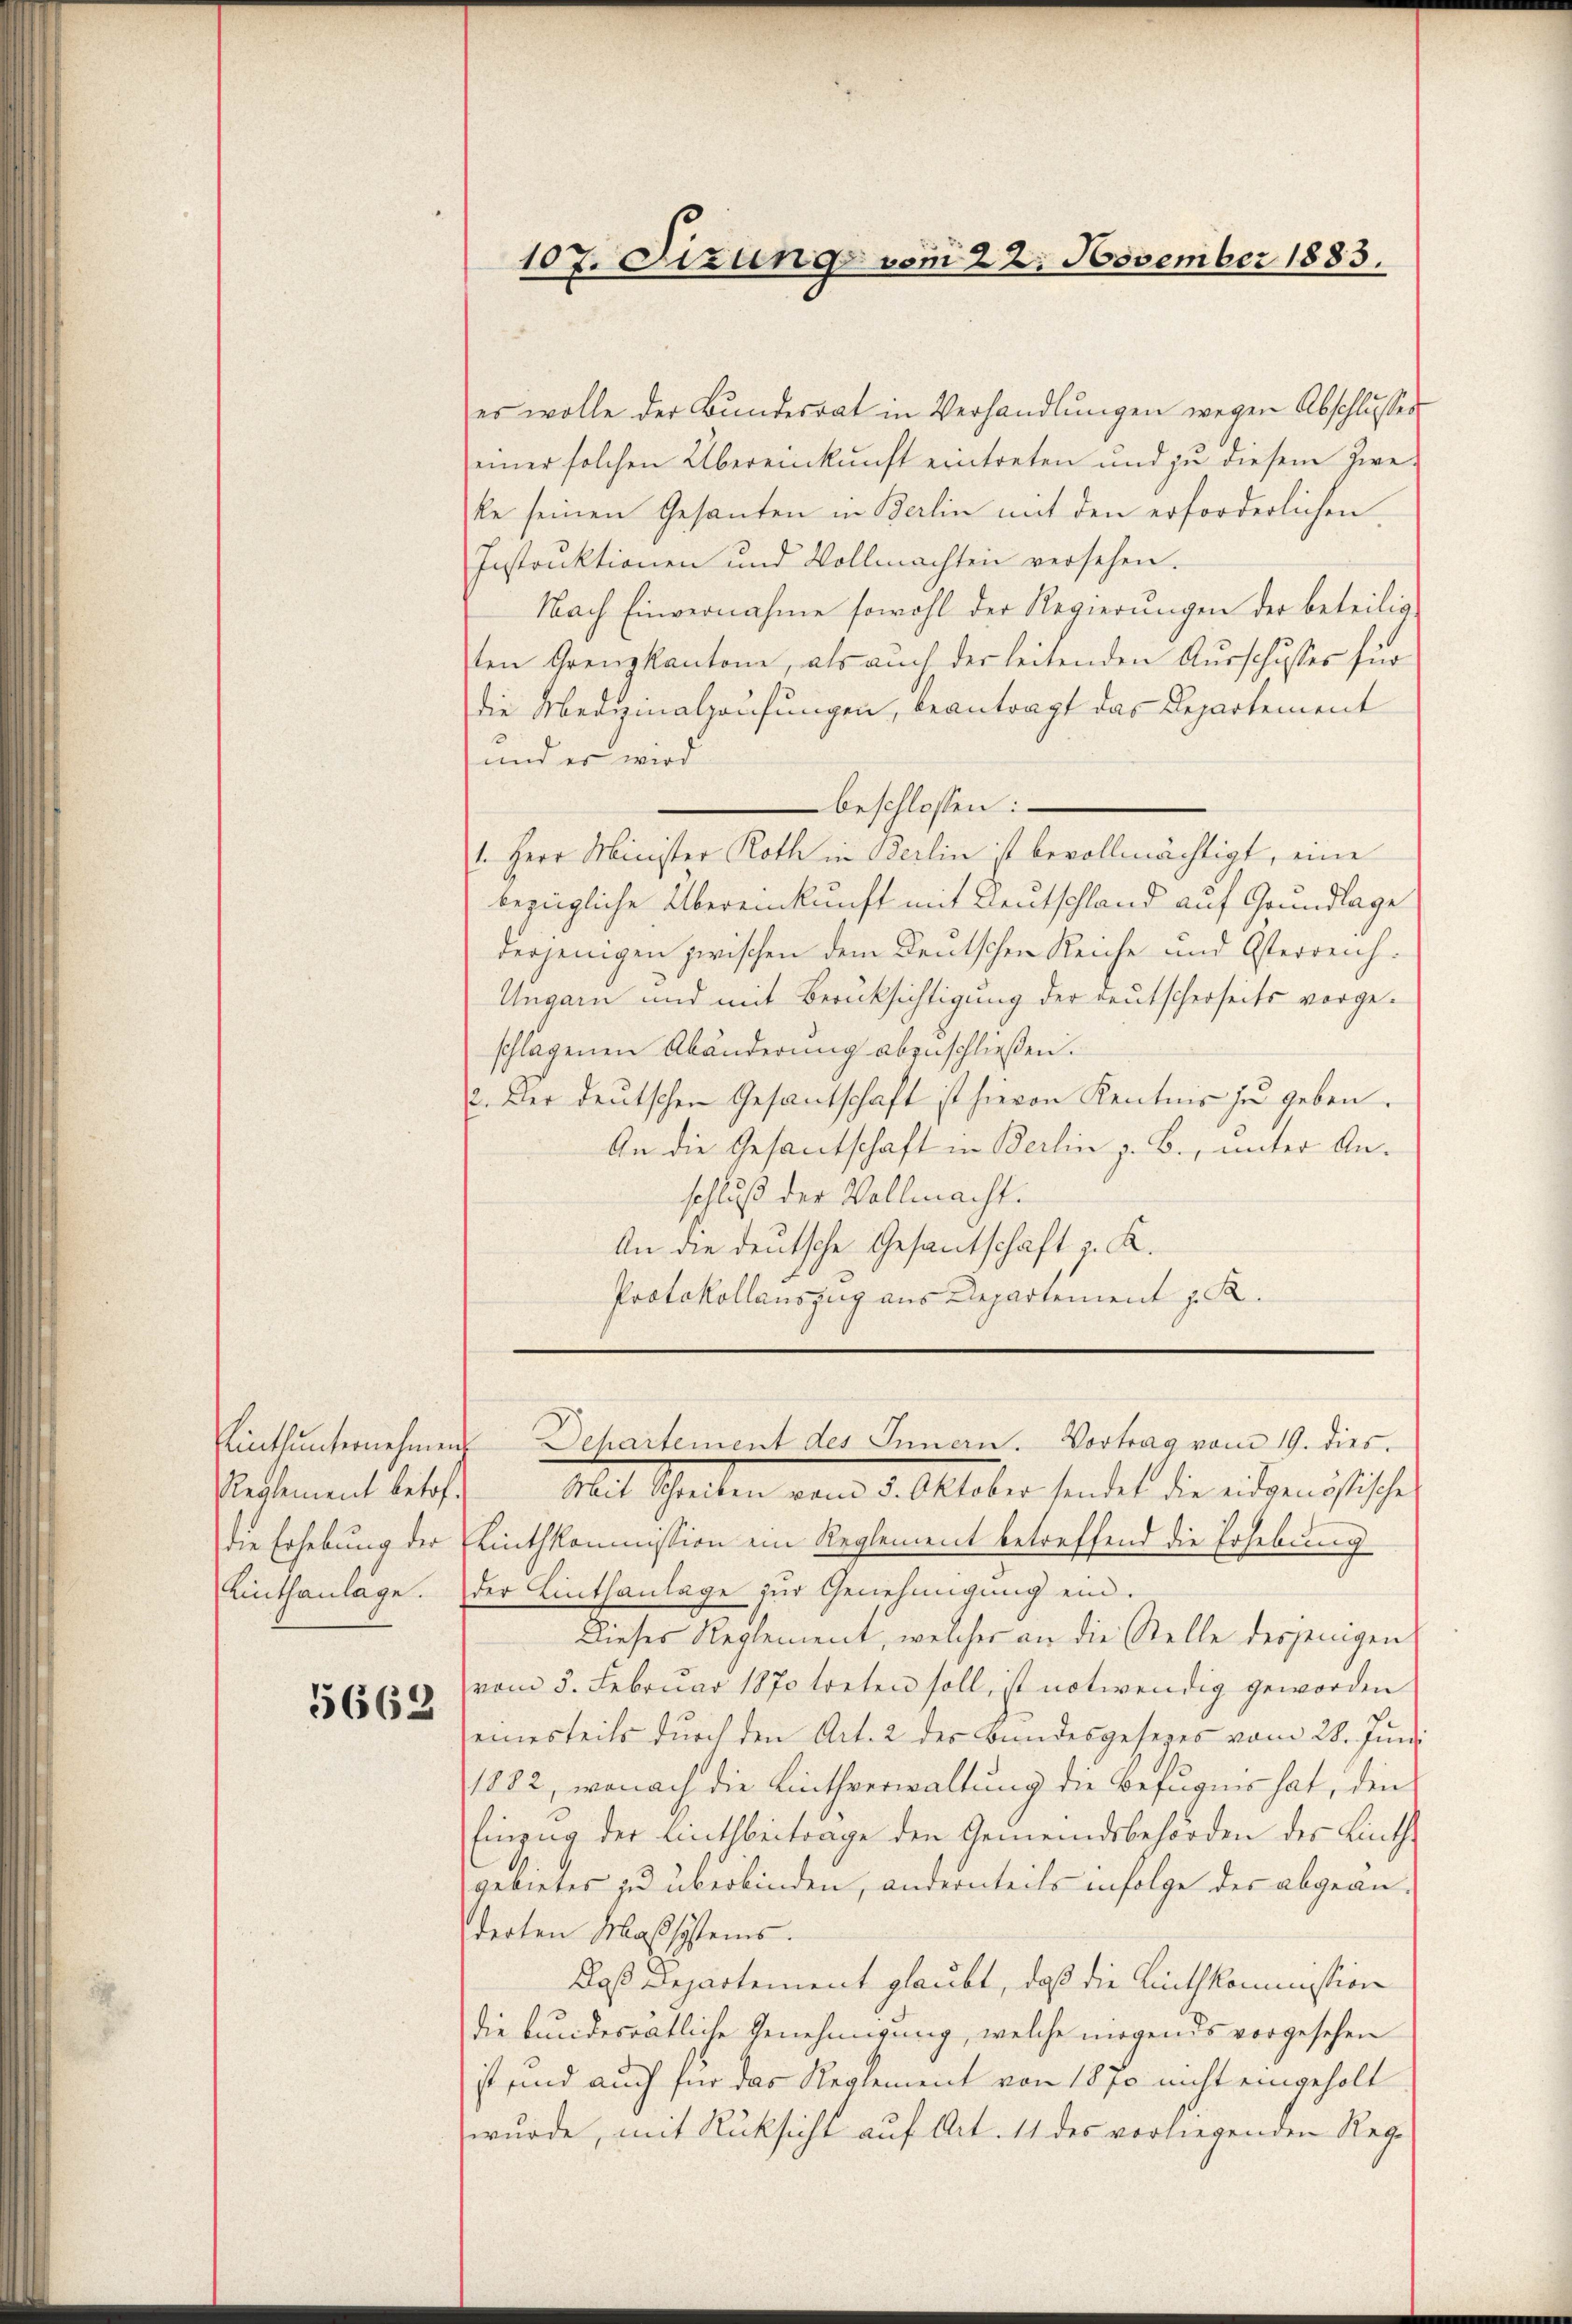
Einthunternehmen
Reglement betof.
die Erhebung der
Linthanlage.

5662

es wolle der Bundesrat in Verhandlŭngen wegen Abschlusses
einer solchen Übereinkunft eintreten und zu diesem Zwe
ke seinen Gesanten in Berlin mit den erforderlichen
Instruktionen und Vollmachten versehen.
Nach Einvernahme sowohl der Regierungen der beteilig
ten Grenzkantone, als auch der leitenden Ausschusses für
die Merzmalhausungen, beantragt das Departement
und er wird
beschlossen:
1. Herr Minister Roth in Berlin ist bevollmächtigt, eine
bezügliche Übereinkunft mit Deutschland auf Grundlage
derjenigen zwischen dem Deutschen Reiche und Osterreich¬
Ungarn und mit Berücksichtigung der deutscherseits vorgeschlagenen Abänderung abenschließen.
2. Der deutschen Gesantschaft ist hievon Kentnis zu geben.
An die Gesantschaft in Berlin z. B., unter Anschluß der Vollmacht.
An die deutsche Gesantschaft z. K.
Protokollauszug aus Departement z. R.

Mit Schreiben vom 5. Oktober sendet die eidgenössische
Linthkommission ein Reglement betreffend die Erhebung
der Linthanlage zur Genehmigung ein.
Dieses Reglement, welches an die Stelle desjenigen
vom 5. Febrŭar 1870 treten soll, ist notwendig geworden
einesteils dŭrch den Art. 2 des Bundesgesezes vom 28. Jun.
1882, wonach die Linthverwaltung die Befugnis hat, den
Einzug der Linthbeitrage den Gemeindsbehörden des Linth-
gebietes zu überbinden, andernteils infolge des abgeänderten Maßsystems.
Daß Departement glaubt, daß die Linthkommission
die bundesratliche Genehmigung, welche nirgends vorgesehen
ist und auch für das Reglement von 1870 nicht eingeholt
wurde, mit Rücksicht auf Art. 11 des vorliegenden Reg¬

107. Sizung vom 22. November 1883.

Dehartement des Innern. Vortrag vom 19. dies